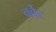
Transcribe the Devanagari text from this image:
वर्वेट